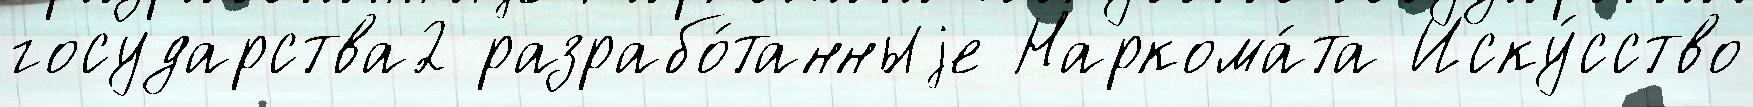
государства2 разрабо́танныjе Наркома́та Иску́сство